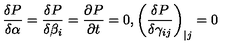
\frac { \delta P } { \delta \alpha } = \frac { \delta P } { \delta \beta _ { i } } = \frac { \partial P } { \partial t } = 0 , \left( \frac { \delta P } { \delta \gamma _ { i j } } \right) _ { | j } = 0